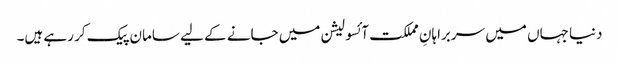
دنیا جہاں میں سربراہانِ مملکت آئسولیشن میں جانے کے لیے سامان پیک کر رہے ہیں۔